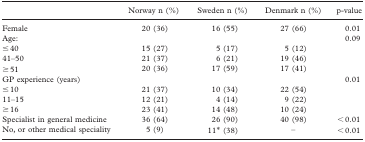
|  | Norway n (%) | Sweden n (%) | Denmark n (%) | p-value |
 | --- | --- | --- | --- | --- |
 | Female | 20 (36) | 16 (55) | 27 (66) | 0.01 |
 | Age: |  |  |  | 0.09 |
 | ≤ 40 | 15 (27) | 5 (17) | 5 (12) |  |
 | 41–50 | 21 (37) | 6 (21) | 19 (46) |  |
 | ≥ 51 | 20 (36) | 17 (59) | 17 (41) |  |
 | GP experience (years) |  |  |  | 0.01 |
 | ≤ 10 | 21 (37) | 10 (34) | 22 (54) |  |
 | 11–15 | 12 (21) | 4 (14) | 9 (22) |  |
 | ≥ 16 | 23 (41) | 14 (48) | 10 (24) |  |
 | Specialist in general medicine | 36 (64) | 26 (90) | 40 (98) | < 0.01 |
 | No, or other medical speciality | 5 (9) | 11* (38) | – | < 0.01 |